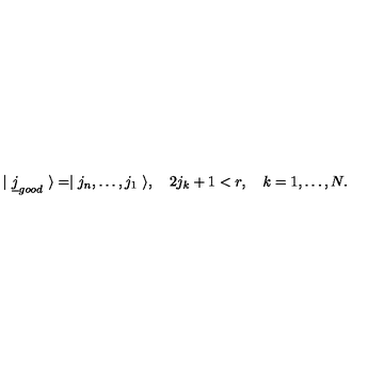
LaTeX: | \ \underline { j } _ { g o o d } \ \rangle = \mid j _ { n } , \dots , j _ { 1 } \ \rangle , \quad 2 j _ { k } + 1 < r , \quad k = 1 , \dots , N .